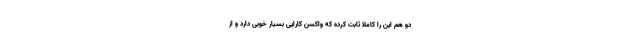
دو هم این را کاملا ثابت کرده که واکسن کارایی بسیار خوبی دارد و از